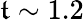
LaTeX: \mathfrak{t}\sim1.2